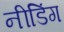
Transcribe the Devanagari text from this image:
नीडिंग